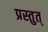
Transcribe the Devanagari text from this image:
प्रस्तुत्